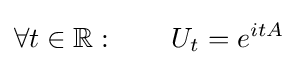
\forall t\in \mathbb {R} :\qquad U_{t}=e^{itA}